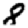
Digit: 8